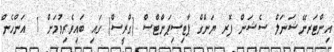
އިންޓަރނޭޝަނަލް ސެޝަން ފޮރ ޔަންގް ޕާޓިސިޕަންޓްސް (ގްރީސް) ގައި ބައިވެރިވުމަށް 1 އަންހެން